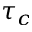
\tau _ { c }